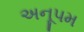
અનૂપમ